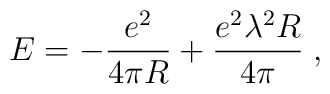
E = - \frac{e^2}{4 \pi R} + \frac{e^2 \lambda^2 R}{4 \pi} \; ,